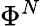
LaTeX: \Phi^{N}